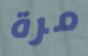
مرة